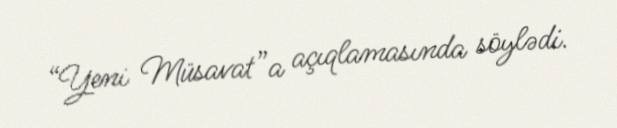
“Yeni Müsavat”a açıqlamasında söylədi.